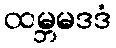
ထမ္ဘမဒဒံ